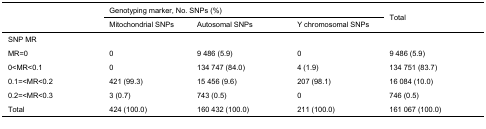
| <ROWSPAN=2>  | <COLSPAN=3> Genotyping marker, No. SNPs (%) | <ROWSPAN=2> Total |
 | Mitochondrial SNPs | Autosomal SNPs | Y chromosomal SNPs |
 | --- | --- | --- | --- | --- |
 | SNP MR |  |  |  |  |
 | MR=0 | 0 | 9 486 (5.9) | 0 | 9 486 (5.9) |
 | 0<MR<0.1 | 0 | 134 747 (84.0) | 4 (1.9) | 134 751 (83.7) |
 | 0.1=<MR<0.2 | 421 (99.3) | 15 456 (9.6) | 207 (98.1) | 16 084 (10.0) |
 | 0.2=<MR<0.3 | 3 (0.7) | 743 (0.5) | 0 | 746 (0.5) |
 | Total | 424 (100.0) | 160 432 (100.0) | 211 (100.0) | 161 067 (100.0) |